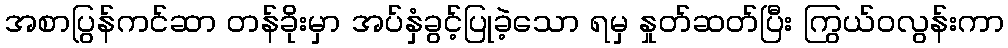
အစာပြွန်ကင်ဆာ တန်ခိုးမှာ အပ်နှံခွင့်ပြုခဲ့သော ရမှ နှုတ်ဆတ်ပြီး ကြွယ်ဝလွန်းကာ